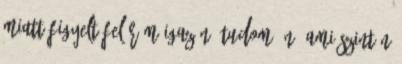
miatt figyelt fel rám igazán, tudom én, ami szintén